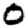
Digit: 0